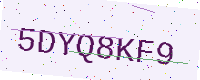
Text: 5DYQ8KF9